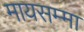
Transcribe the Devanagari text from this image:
मायसम्मा